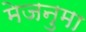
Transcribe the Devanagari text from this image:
मेजनुमा